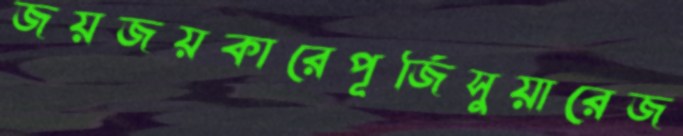
জয়জয়কারেপূর্জিসুয়ারেজ